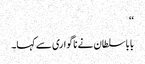
‘‘
بابا سلطان نے ناگواری سے کہا۔